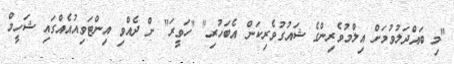
"މި ބައްދަލުވުމަށް އިލްމުވެރިންގެ ޝައުގުވެރިކަން އެބަހުރި" "ހަވީރަ" ށް ދެއްވި އިންޓަވިއުއެއްގައި ޝަހީމް